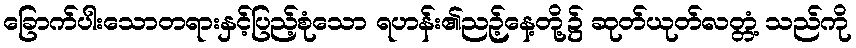
ခြောက်ပါးသောတရားနှင့်ပြည့်စုံသော ရဟန်း၏ညဉ့်နေ့တို့၌ ဆုတ်ယုတ်လတ္တံ့ သည်ကို